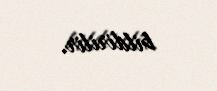
bildirilir.